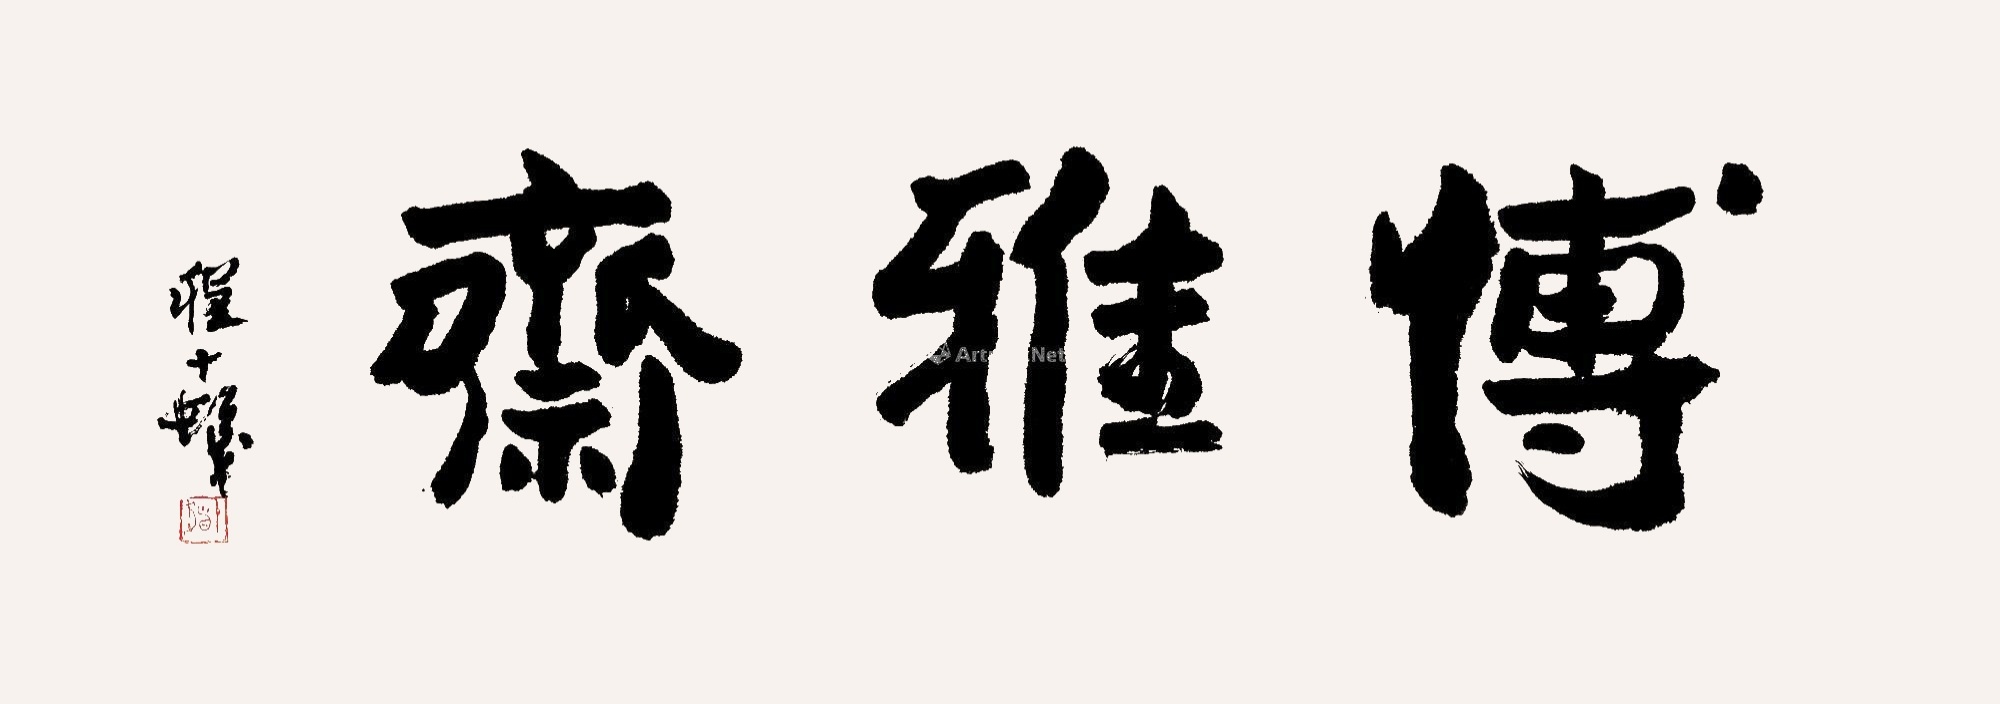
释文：博雅斋。程十发。